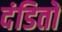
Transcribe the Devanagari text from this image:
दंडितों